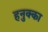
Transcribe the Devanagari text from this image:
हनुक्का